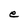
Character: e